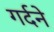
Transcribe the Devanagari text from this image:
गर्दने